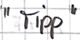
Text: "Tipp"